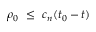
\rho _ { 0 } ~ \le ~ c _ { n } ( t _ { 0 } - t )